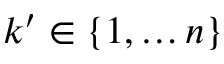
k ^ { \prime } \in \{ 1 , \dots n \}